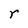
Character: r